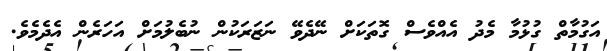
އަގުމާތް ގުޅުމާ މެދު އެއްވެސް ގޮތަކަށް ނޭދެވޭ ނަޒަރަކުން ނުބެލުމަށް އަހަރެން އެދެމެވެ.